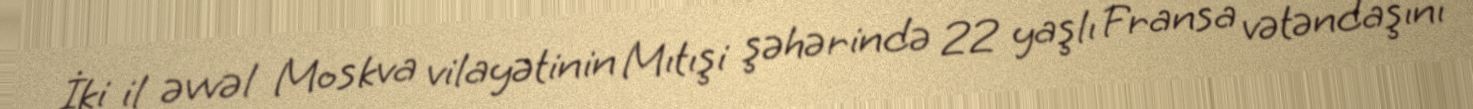
İki il əvvəl Moskva vilayətinin Mıtışi şəhərində 22 yaşlı Fransa vətəndaşını